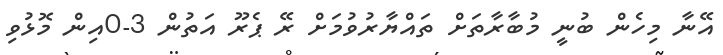
އޭނާ މިހެން ބުނީ މުބާރާތަށް ތައްޔާރުވުމަށް ރޭ ޕެރޫ އަތުން 3-0އިން މޮޅުވި